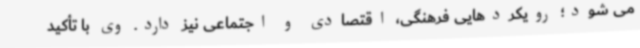
می شود؛ رویکردهایی فرهنگی، اقتصادی و اجتماعی نیز دارد. وی با تأکید